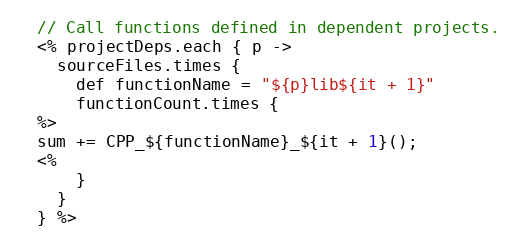
Language: C++
  // Call functions defined in dependent projects.
  <% projectDeps.each { p ->
    sourceFiles.times {
      def functionName = "${p}lib${it + 1}"
      functionCount.times {
  %>
  sum += CPP_${functionName}_${it + 1}();
  <%
      }
    }
  } %>